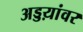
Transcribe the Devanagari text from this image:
अड्डय़ांवर